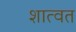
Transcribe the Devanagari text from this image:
शात्वत